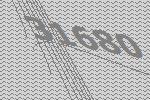
31680